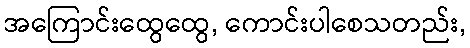
အကြောင်းထွေထွေ, ကောင်းပါစေသတည်း,